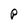
Character: p